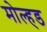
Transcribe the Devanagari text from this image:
मोल्हड